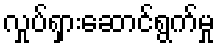
လှုပ်ရှားဆောင်ရွက်မှု